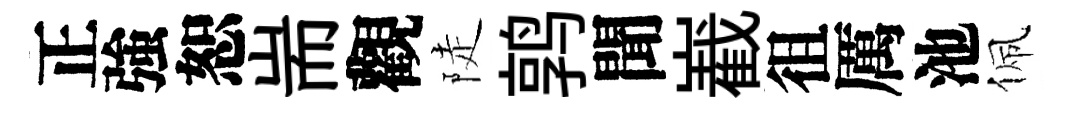
正強恕耑觀陡鹑聞嶻徂厲池佩